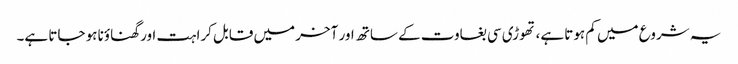
یہ شروع میں کم ہوتا ہے، تھوڑی سی بغاوت کے ساتھ اور آخر میں قابل کراہت اور گھناؤنا ہو جاتا ہے۔